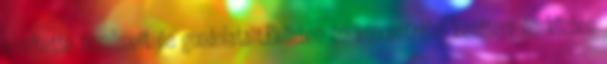
elrejtette érzelmeit és gondolatait.Eközben én koncentrálni kezdtem és közben